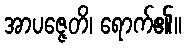
အာပဇ္ဇေတိ၊ ရောက်၏။